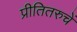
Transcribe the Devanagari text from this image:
प्रीतितरुचें